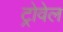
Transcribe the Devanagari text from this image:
ट्रोवेल